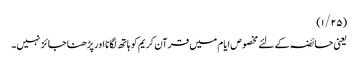
(۱/۲۵)
یعنی حائضہ کے لئے مخصوص ایام میں قرآن کریم کو ہاتھ لگانا اور پڑھنا جائز نہیں۔